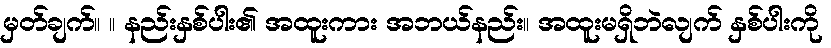
မှတ်ချက်။ ။ နည်းနှစ်ပါး၏ အထူးကား အဘယ်နည်း။ အထူးမရှိဘဲလျက် နှစ်ပါးကို